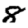
Digit: 8